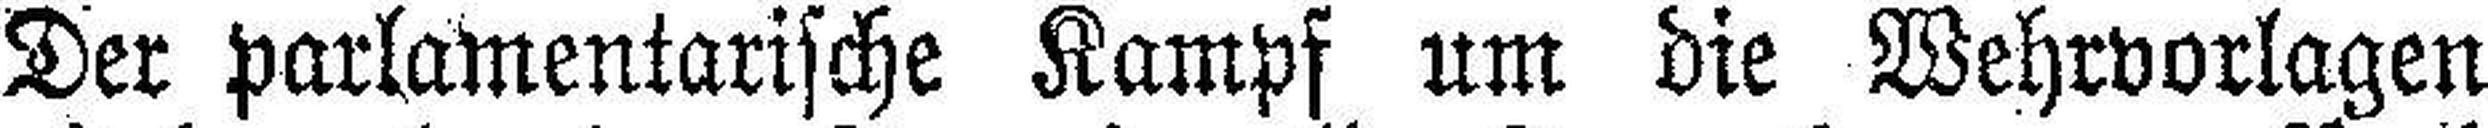
Der parlamentarische Kampf um die Wehrvorlagen